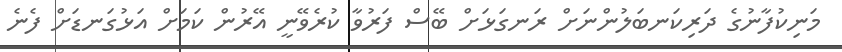
މަނިކުފާނުގެ ދަރިކަނބަލުންނަށް ރަނގަޅަށް ބޭސް ފަރުވާ ކުރެވޭނީ އޭރުން ކަމަށް އަޅުގަނޑަށް ފެނެ